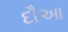
દૌઆ